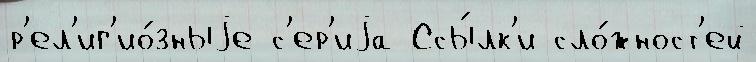
р'ел'иг'ио́зныjе с'ер'иjа Ссы́лк'и сло́жност'ей